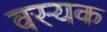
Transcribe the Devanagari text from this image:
वस्यक